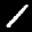
Label: 1